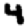
Digit: 4